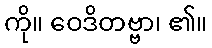
ကို။ ဝေဒိတဗ္ဗာ၊ ၏။